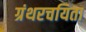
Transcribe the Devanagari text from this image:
ग्रंथरचयिता